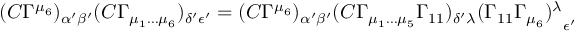
( C \Gamma ^ { \mu _ { 6 } } ) _ { \alpha { ' } \beta { ' } } ( C \Gamma _ { \mu _ { 1 } \dots \mu _ { 6 } } ) _ { \delta { ' } \epsilon { ' } } = ( C \Gamma ^ { \mu _ { 6 } } ) _ { \alpha { ' } \beta { ' } } ( C \Gamma _ { \mu _ { 1 } \dots \mu _ { 5 } } \Gamma _ { 1 1 } ) _ { \delta { ' } \lambda } { ( \Gamma _ { 1 1 } \Gamma _ { \mu _ { 6 } } ) ^ { \lambda } } _ { \epsilon { ' } }